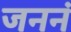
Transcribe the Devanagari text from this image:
जननं